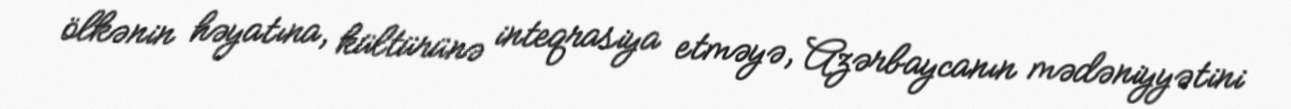
ölkənin həyatına, kültürünə inteqrasiya etməyə, Azərbaycanın mədəniyyətini